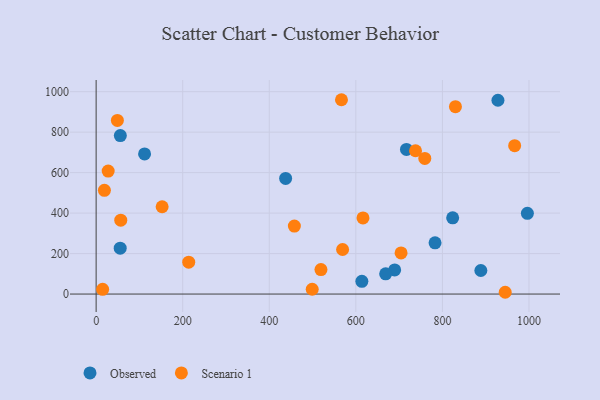
{"axis": {"x": "Distance", "y": "Yield"}, "legend": ["Observed", "Scenario 1"], "data": [{"x": "437.8", "y": 571.1, "type": "Observed"}, {"x": "111.9", "y": 692.3, "type": "Observed"}, {"x": "996.3", "y": 398.8, "type": "Observed"}, {"x": "689.7", "y": 119.3, "type": "Observed"}, {"x": "783.0", "y": 253.0, "type": "Observed"}, {"x": "823.7", "y": 376.5, "type": "Observed"}, {"x": "613.9", "y": 63.0, "type": "Observed"}, {"x": "888.8", "y": 116.5, "type": "Observed"}, {"x": "55.9", "y": 783.0, "type": "Observed"}, {"x": "668.9", "y": 99.9, "type": "Observed"}, {"x": "928.3", "y": 957.6, "type": "Observed"}, {"x": "717.0", "y": 714.7, "type": "Observed"}, {"x": "55.6", "y": 226.7, "type": "Observed"}, {"x": "569.4", "y": 220.2, "type": "Scenario 1"}, {"x": "945.1", "y": 8.8, "type": "Scenario 1"}, {"x": "759.3", "y": 670.3, "type": "Scenario 1"}, {"x": "566.8", "y": 960.2, "type": "Scenario 1"}, {"x": "519.4", "y": 121.1, "type": "Scenario 1"}, {"x": "704.5", "y": 203.2, "type": "Scenario 1"}, {"x": "737.9", "y": 708.0, "type": "Scenario 1"}, {"x": "49.1", "y": 857.7, "type": "Scenario 1"}, {"x": "966.9", "y": 733.2, "type": "Scenario 1"}, {"x": "499.2", "y": 23.8, "type": "Scenario 1"}, {"x": "830.1", "y": 925.7, "type": "Scenario 1"}, {"x": "15.0", "y": 23.2, "type": "Scenario 1"}, {"x": "56.9", "y": 365.0, "type": "Scenario 1"}, {"x": "152.5", "y": 431.3, "type": "Scenario 1"}, {"x": "616.5", "y": 376.1, "type": "Scenario 1"}, {"x": "458.0", "y": 336.1, "type": "Scenario 1"}, {"x": "213.9", "y": 157.3, "type": "Scenario 1"}, {"x": "27.8", "y": 607.6, "type": "Scenario 1"}, {"x": "19.1", "y": 512.4, "type": "Scenario 1"}]}